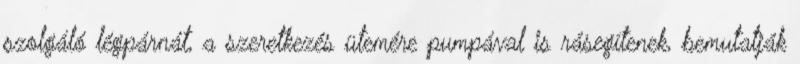
szolgáló légpárnát, a szeretkezés ütemére pumpával is rásegítenek, bemutatják